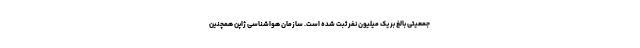
جمعیتی بالغ بر یک میلیون نفر ثبت شده است. سازمان هواشناسی ژاپن همچنین